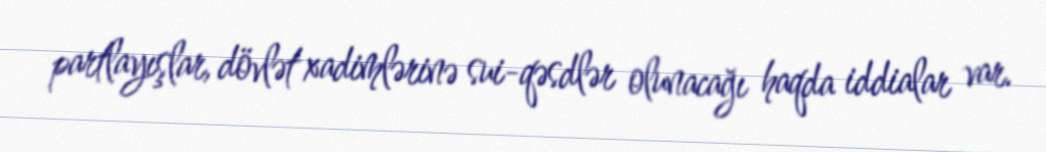
partlayışlar, dövlət xadimlərinə sui-qəsdlər olunacağı haqda iddialar var.